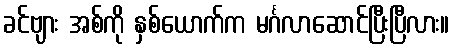
ခင်ဗျား အစ်ကို နှစ်ယောက်က မင်္ဂလာဆောင်ပြီးပြီလား။